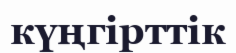
күңгірттік